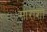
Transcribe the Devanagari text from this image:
सारांशों